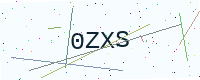
Text: 0ZXS